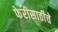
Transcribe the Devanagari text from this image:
फेरीसाठीचे